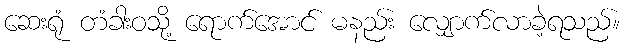
ဆေးရုံ တံခါးဝသို့ ရောက်အောင် မနည်း လျှောက်လာခဲ့ရသည်။